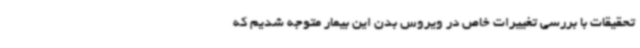
تحقیقات با بررسی تغییرات خاص در ویروس بدن این بیمار متوجه شدیم که